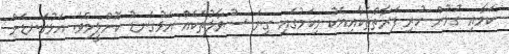
ކަމާއި ގުޅުން ހުރި ފަރާތްތަކާއިއެކު މިކަމުގައި ގިނަ ސުވާލުތަކެއް އަޅުގަނޑު ކޮށްލީމެވެ. އަޅުގަނޑަށް